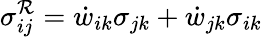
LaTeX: {\sigma_{ij}^{\mathcal{R}}}=\dot{w}_{ik}\sigma_{jk}+\dot{w}_{jk}\sigma_{ik}